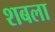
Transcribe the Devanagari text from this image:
शबला